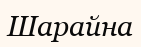
Шарайна